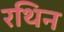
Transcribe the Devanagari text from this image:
रथिन